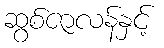
ဆွစ်ဇာလန်နှင့်